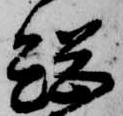
総